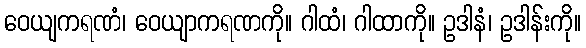
ဝေယျကရဏံ၊ ဝေယျာကရဏကို။ ဂါထံ၊ ဂါထာကို။ ဥဒါနံ၊ ဥဒါန်းကို။